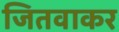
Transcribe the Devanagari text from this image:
जितवाकर